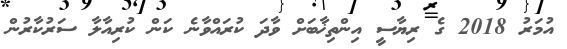
އުމަރު 2018 ގެ ރިޔާސީ އިންތިޚާބަށް ވާދަ ކުރައްވާނެ ކަން ކުރިއާލާ ސަރުކާރުން